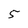
Character: 5